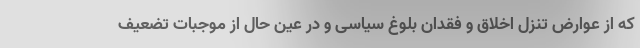
که از عوارض تنزل اخلاق و فقدان بلوغ سیاسی و در عین حال از موجبات تضعیف